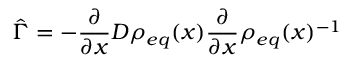
\hat { \Gamma } = - \frac { \partial } { \partial x } D \rho _ { e q } ( x ) \frac { \partial } { \partial x } \rho _ { e q } ( x ) ^ { - 1 }